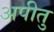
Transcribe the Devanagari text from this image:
अपीतु